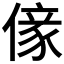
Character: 𠎵